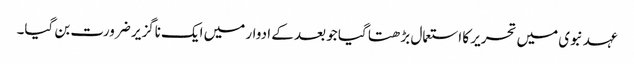
عہد نبوی میں تحریر کا استعمال بڑھتا گیا جو بعد کے ادوار میں ایک ناگزیر ضرورت بن گیا۔